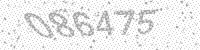
Solution: 086475